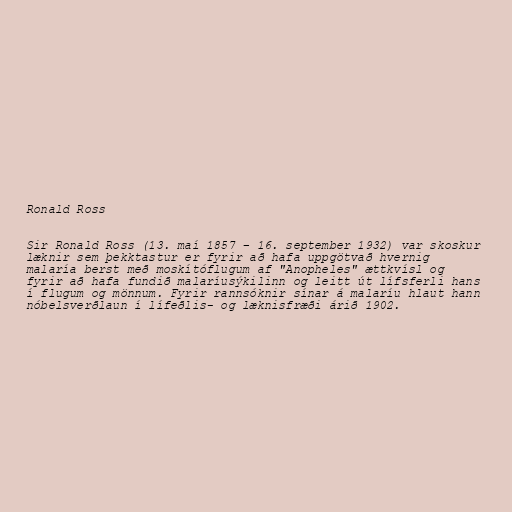
Ronald Ross

Sir Ronald Ross (13. maí 1857 – 16. september 1932) var skoskur
læknir sem þekktastur er fyrir að hafa uppgötvað hvernig
malaría berst með moskítóflugum af "Anopheles" ættkvísl og
fyrir að hafa fundið malaríusýkilinn og leitt út lífsferli hans
í flugum og mönnum. Fyrir rannsóknir sínar á malaríu hlaut hann
nóbelsverðlaun í lífeðlis- og læknisfræði árið 1902.